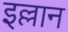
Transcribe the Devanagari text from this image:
इल्लान